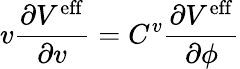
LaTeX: v\frac{\partial V^{\mathrm{eff}}}{\partial v}=C^{v}\frac{\partial V^{\mathrm{eff}}}{\partial\phi}